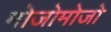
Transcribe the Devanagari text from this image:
मोजोमोजो